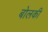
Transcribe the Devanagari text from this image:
बोलकी